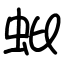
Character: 蚍